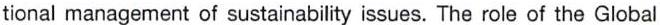
tional management of sustainability issues. The role of the Global